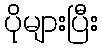
ပိုများပြီး